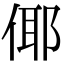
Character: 倻